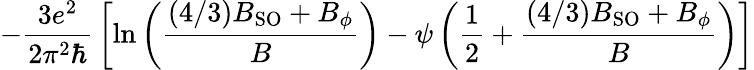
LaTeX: -{\frac{3e^{2}}{2\pi^{2}\hbar}}\left[\ln\left({\frac{(4/3)B_{\mathrm{SO}}+B_{\phi}}{B}}\right)-\psi\left({\frac{1}{2}}+{\frac{(4/3)B_{\mathrm{SO}}+B_{\phi}}{B}}\right)\right]